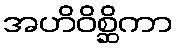
အဟိဝိစ္ဆိကာ